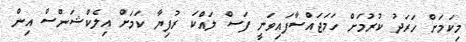
މިކަމަށް ހަރަދު ކުރުމަށް ހަމަޖައްސާފައިވަނީ ފަސް ލައްކަ ރުފިޔާ ކަމަށް އިލެކްޝަންސް އިން